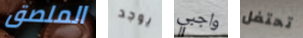
الملصق يوجد واجبي تحتفل